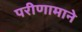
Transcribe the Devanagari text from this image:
परीणामाने